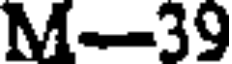
M-39